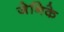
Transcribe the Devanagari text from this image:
जेनिके